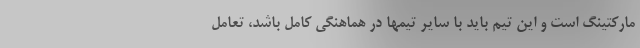
مارکتینگ است و این تیم باید با سایر تیمها در هماهنگی کامل باشد، تعامل